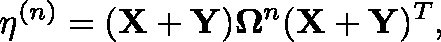
\mathbf { \eta } ^ { ( n ) } = ( \mathbf { X } + \mathbf { Y } ) \mathbf { \Omega } ^ { n } ( \mathbf { X } + \mathbf { Y } ) ^ { T } ,